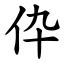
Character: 伜